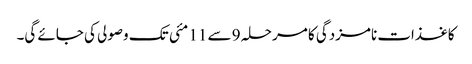
کاغذات نامزدگی کا مرحلہ 9 سے 11 مئی تک وصولی کی جائے گی۔